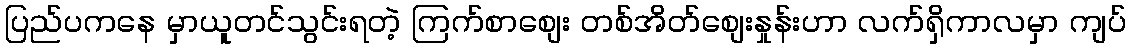
ပြည်ပကနေ မှာယူတင်သွင်းရတဲ့ ကြက်စာစျေး တစ်အိတ်စျေးနှုန်းဟာ လက်ရှိကာလမှာ ကျပ်